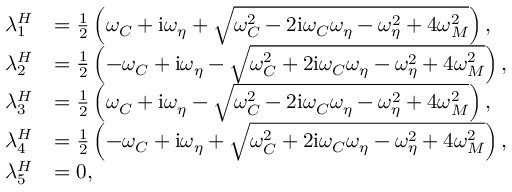
\begin{array} { r l } { \lambda _ { 1 } ^ { H } } & { = \frac { 1 } { 2 } \left( \omega _ { C } + \mathrm { i } \omega _ { \eta } + \sqrt { \omega _ { C } ^ { 2 } - 2 \mathrm { i } \omega _ { C } \omega _ { \eta } - \omega _ { \eta } ^ { 2 } + 4 \omega _ { M } ^ { 2 } } \right) , } \\ { \lambda _ { 2 } ^ { H } } & { = \frac { 1 } { 2 } \left( - \omega _ { C } + \mathrm { i } \omega _ { \eta } - \sqrt { \omega _ { C } ^ { 2 } + 2 \mathrm { i } \omega _ { C } \omega _ { \eta } - \omega _ { \eta } ^ { 2 } + 4 \omega _ { M } ^ { 2 } } \right) , } \\ { \lambda _ { 3 } ^ { H } } & { = \frac { 1 } { 2 } \left( \omega _ { C } + \mathrm { i } \omega _ { \eta } - \sqrt { \omega _ { C } ^ { 2 } - 2 \mathrm { i } \omega _ { C } \omega _ { \eta } - \omega _ { \eta } ^ { 2 } + 4 \omega _ { M } ^ { 2 } } \right) , } \\ { \lambda _ { 4 } ^ { H } } & { = \frac { 1 } { 2 } \left( - \omega _ { C } + \mathrm { i } \omega _ { \eta } + \sqrt { \omega _ { C } ^ { 2 } + 2 \mathrm { i } \omega _ { C } \omega _ { \eta } - \omega _ { \eta } ^ { 2 } + 4 \omega _ { M } ^ { 2 } } \right) , } \\ { \lambda _ { 5 } ^ { H } } & { = 0 , } \end{array}